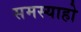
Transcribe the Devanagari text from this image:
समस्याहो